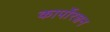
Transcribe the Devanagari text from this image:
कार्पोरशन